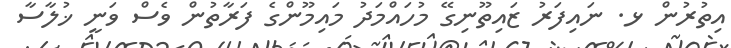
އިތުރުން ޅ. ނައިފަރު ޒައިތޫނިގޭ މުހައްމަދު މައިމޫންގެ ފަރާތުން ވެސް ވަނީ ޚުލާސާ